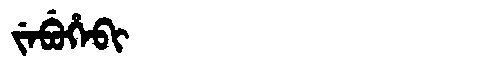
Manchu: ᠵᡝᠪᡠᡥᡝᠪᡳ
Romanization: JEBUHEBI